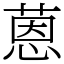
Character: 蒽